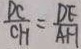
\frac { D C } { C H } = \frac { D E } { A H }